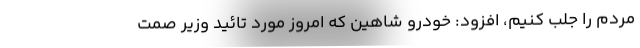
مردم را جلب كنيم، افزود: خودرو شاهین که امروز مورد تائید وزیر صمت